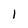
Character: I